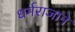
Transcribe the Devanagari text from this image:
धर्मराजाने